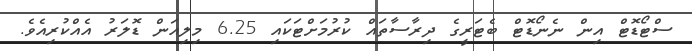
ސްޓޯޑޮޓް އިން ނެނޯޑޮޓް ބެޓަރީގެ ދިރާސާތައް ކުރުމަށްޓަކައި 6.25 މިލިއަން ޑޮލަރު އެއްކުރިއެވެ.